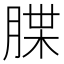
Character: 𦜫